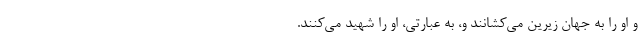
و او را به جهان زیرین می‌کشانند و، به عبارتی، او را شهید می‌کنند.